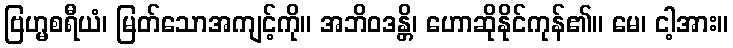
ဗြဟ္မစရီယံ၊ မြတ်သောအကျင့်ကို။ အဘိဝဒန္တိ၊ ဟောဆိုနိုင်ကုန်၏။ မေ၊ ငါ့အား။